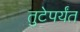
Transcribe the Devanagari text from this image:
तुटेपर्यंत